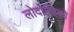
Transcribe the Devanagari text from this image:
लोदोव्हिको